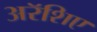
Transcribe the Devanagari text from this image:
अरॅशिए